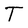
Character: T